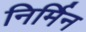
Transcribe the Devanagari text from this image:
निर्मिन